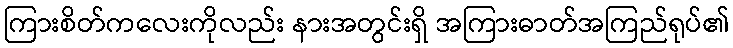
ကြားစိတ်ကလေးကိုလည်း နားအတွင်းရှိ အကြားဓာတ်အကြည်ရုပ်၏